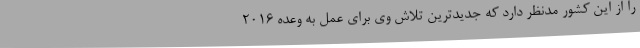
را از این کشور مدنظر دارد که جدیدترین تلاش وی برای عمل به وعده 2016